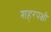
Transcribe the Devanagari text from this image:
शहरपक्षी